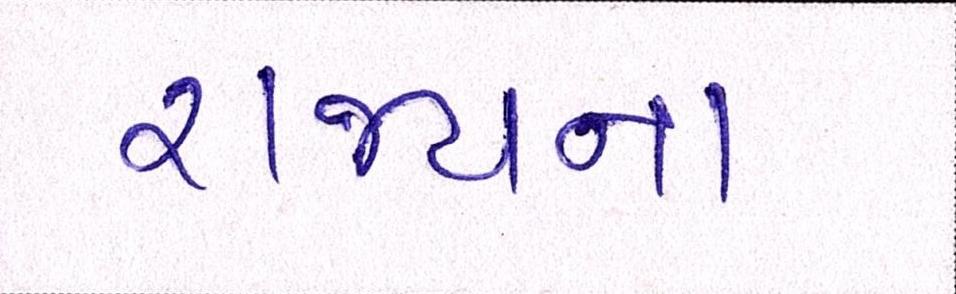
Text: રાજ્યના